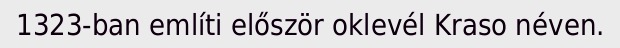
1323-ban említi először oklevél Kraso néven.